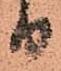
り